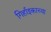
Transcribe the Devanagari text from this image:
गिर्हाइकाच्या